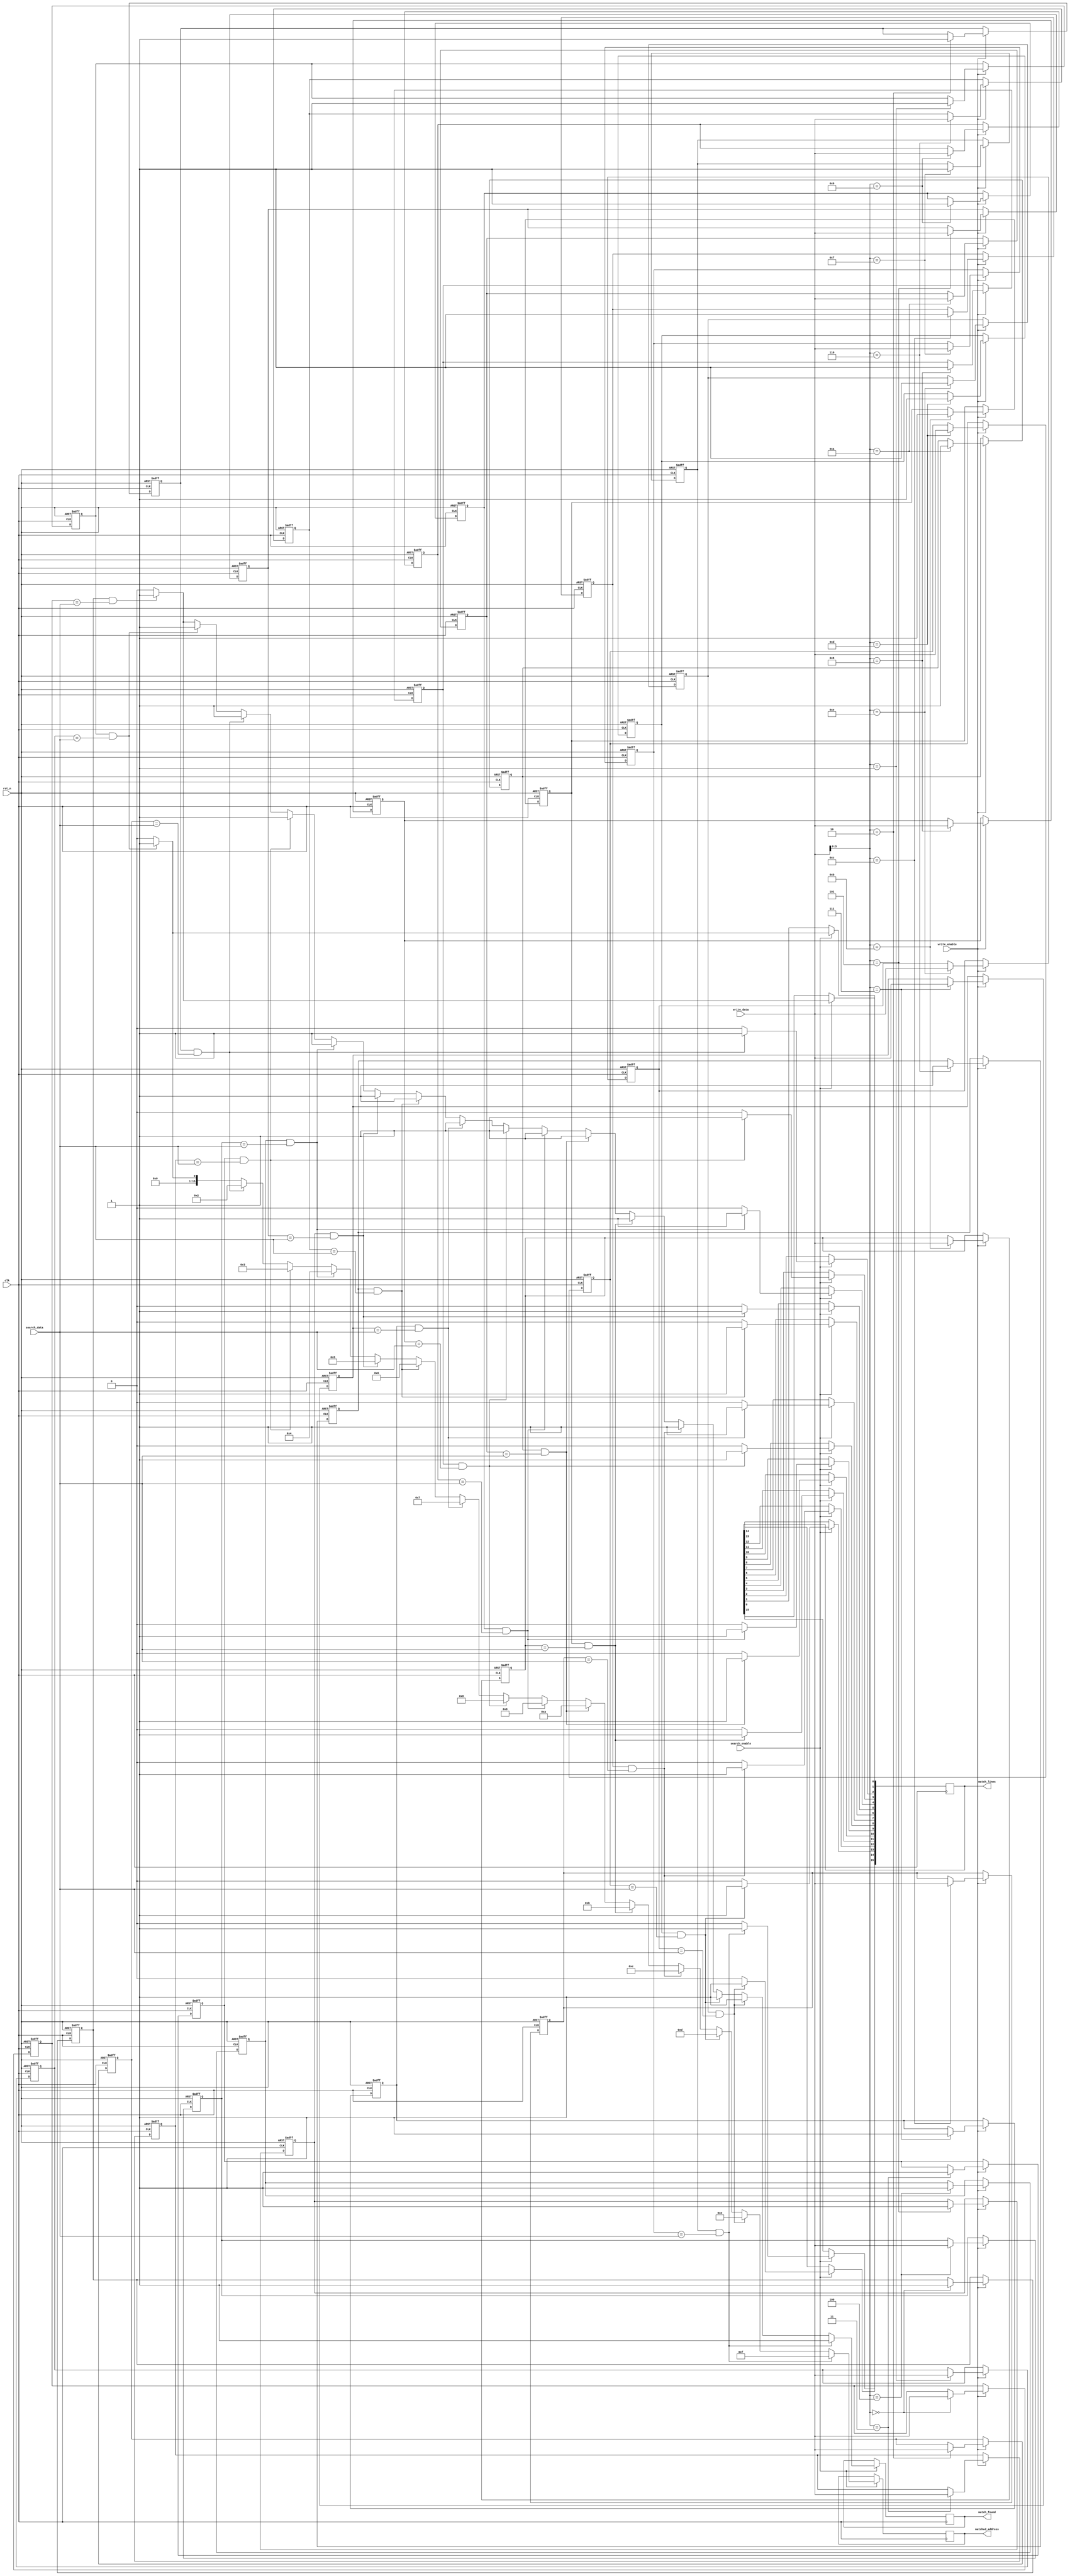
module cam_io_block #(
    parameter DATA_WIDTH = 8,    // Width of each data entry
    parameter NUM_ENTRIES = 16    // Number of entries in the CAM
)(
    input wire clk,               // Clock signal
    input wire rst_n,             // Active low reset
    input wire [DATA_WIDTH-1:0] search_data, // Data to search for
    input wire search_enable,      // Enable signal for search operation
    input wire [DATA_WIDTH-1:0] write_data, // Data to write into CAM
    input wire write_enable,       // Enable signal for write operation
    output reg [NUM_ENTRIES-1:0] match_lines, // Match lines for each entry
    output reg [NUM_ENTRIES-1:0] matched_address, // Address of matched entry
    output reg match_found         // Indicates if a match was found
);

// Memory array to hold data entries
reg [DATA_WIDTH-1:0] cam_memory [0:NUM_ENTRIES-1];
reg valid_bits [0:NUM_ENTRIES-1]; // Valid bits for each entry

// Internal signals
integer i;

// Write operation
always @(posedge clk or negedge rst_n) begin
    if (!rst_n) begin
        // Reset memory and valid bits
        for (i = 0; i < NUM_ENTRIES; i = i + 1) begin
            cam_memory[i] <= 0;
            valid_bits[i] <= 0;
        end
    end else if (write_enable) begin
        // Write data to CAM memory
        cam_memory[write_data[3:0]] <= write_data; // Assuming lower 4 bits of write_data are used as address
        valid_bits[write_data[3:0]] <= 1; // Set valid bit
    end
end

// Search operation
always @(posedge clk) begin
    if (search_enable) begin
        match_found = 0;
        match_lines = 0;
        matched_address = 0;

        // Compare search data with each entry in the CAM
        for (i = 0; i < NUM_ENTRIES; i = i + 1) begin
            if (valid_bits[i] && (cam_memory[i] == search_data)) begin
                match_lines[i] = 1; // Set match line for this entry
                matched_address = i; // Store the matched address
                match_found = 1; // Indicate that a match was found
            end else begin
                match_lines[i] = 0; // Clear match line if no match
            end
        end
    end
end

endmodule